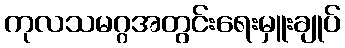
ကုလသမဂ္ဂအတွင်းရေးမှူးချုပ်